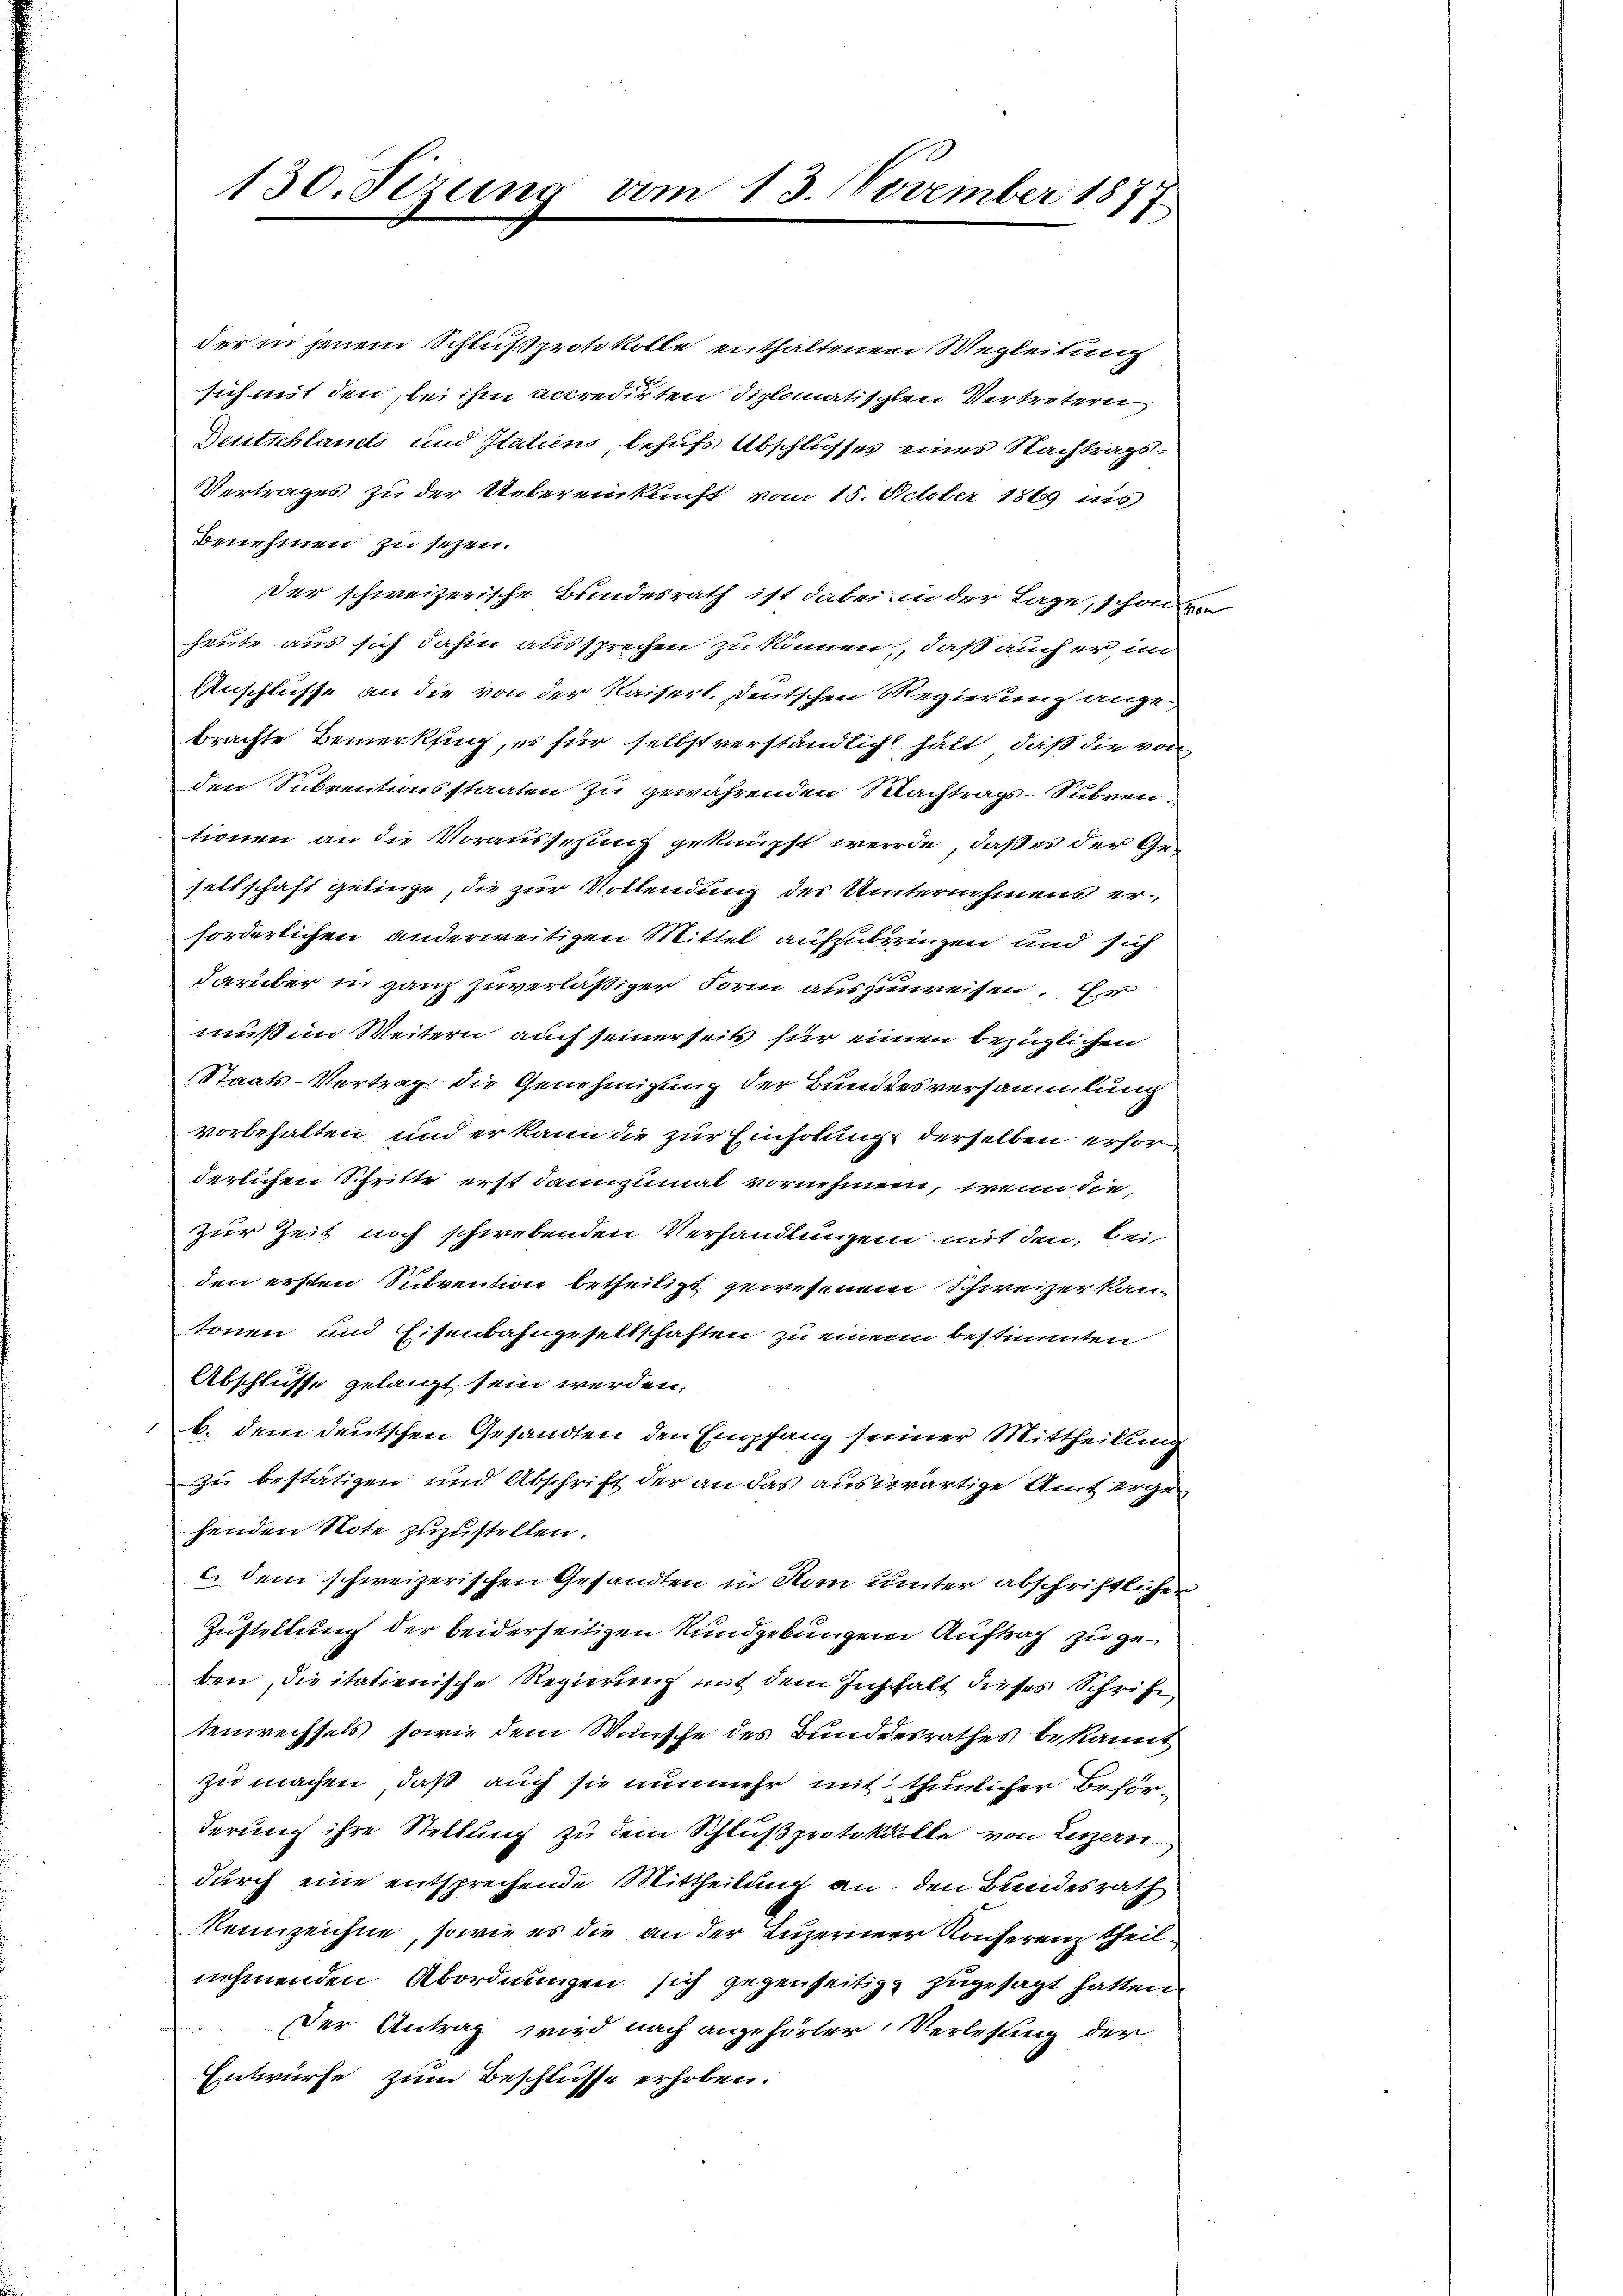
130. Setzung vom 13. November 1877

der in jenem Schluß protokolle enthaltenen Wegleitung
sich mit den, bei ihm accredirten Diplomatischen Vertretern
Deutschlandi und Italiens behufs Abschlusses eines Nachtrags¬
Vertrages zu der Uebereinkunft vom 15. October 1869 ins
Benehmen zu sezen.
der schweizerische Bundesrath ist dabei in der Lage, schon
heute aus sich dahin aussprechen zu können, daß auch er, im
Anschlüsse an die von der Kaiserl. Deutschen Regierung angebrachte Bemerkung, es für selbst verständlicht hält, daß die von
den Subventionsstaaten zu gewährenden Nachtrags-Subventionen an die Voraussetzung geknüpft werde, daß es der Gesellschaft gelinge, die zur Vollendung des Unternehmens erforderlichen anderweitigen Mittel aufzubringen und sich
darüber in ganz zuverläßiger Form auszureisen. Er
muß im Weitern auch seiner seits für einen bezüglichen
Staats-Vertrag die Genehmigung der Bundesversammlung
vorbehalten und er kann die zur Einholung derselben erhörderlichen Schritte erst dannzumal vornehmen, wenn die
zur Zeit noch schwebenden Verhandlungen mit den, bei
den ersten Subvention betheiligt gewesenem Schweizer kantonen und Eisenbahngesellschaften zu einer bestimmten
Abschlusse gelangt sein werden.
b. dem deutschen Gesandten den Empfang seiner Mittheilung
zu bestätigen und Abschrift der an das auswärtige Amt erge
henden Note zuzustellen.
c. dem schweizerischen Gesandten in Rom unter abschriftlichen
Zustellung der beiderseitigen Rundgebungen Auftrag zu geben, die italienische Regierung mit dem Inschalt dieses Schrift
tenrechsels, sowie dem Wunsche des Bundesrathes bekannt
zu machen, daß auch sie nunmehr mit thunlicher Beförderung ihre Stellung zu dem Schlußprotokolle von Luzern
durch eine entsprechende Mittheilung an, den Bundesrath
Rennzeichne, sowie es die an der Luzerner Konferenz theil
nehmenden Abordnungen sich gegenseitig zugesagt hatten
Der Antrag wird nach angehörter Verlesung der
Entwürfe zum Beschlüsse erhoben.

be